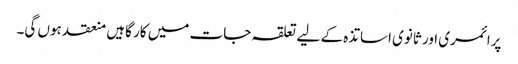
پرائمری اور ثانوی اساتذہ کے لیے تعلقہ جات میں کار گاہیں منعقد ہوں گی۔